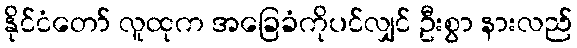
နိုင်ငံတော် လူထုက အခြေခံကိုပင်လျှင် ဦးစွာ နားလည်